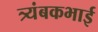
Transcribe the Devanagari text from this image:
त्र्यंबकभाई